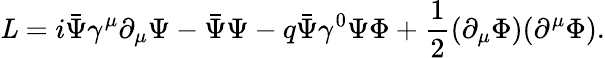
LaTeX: {\mathit L}=i\bar{\Psi}{\gamma}^{\mu}{\partial}_{\mu}{\Psi}-\bar{\Psi}{\Psi}-q\bar{\Psi}{\gamma}^{0}{\Psi}\Phi+{\frac{1}{2}}({\partial}_{\mu}\Phi)({\partial}^{\mu}\Phi).